Mental hospitals Bombay report 1921-28 - 1921-1928
Year: 1921
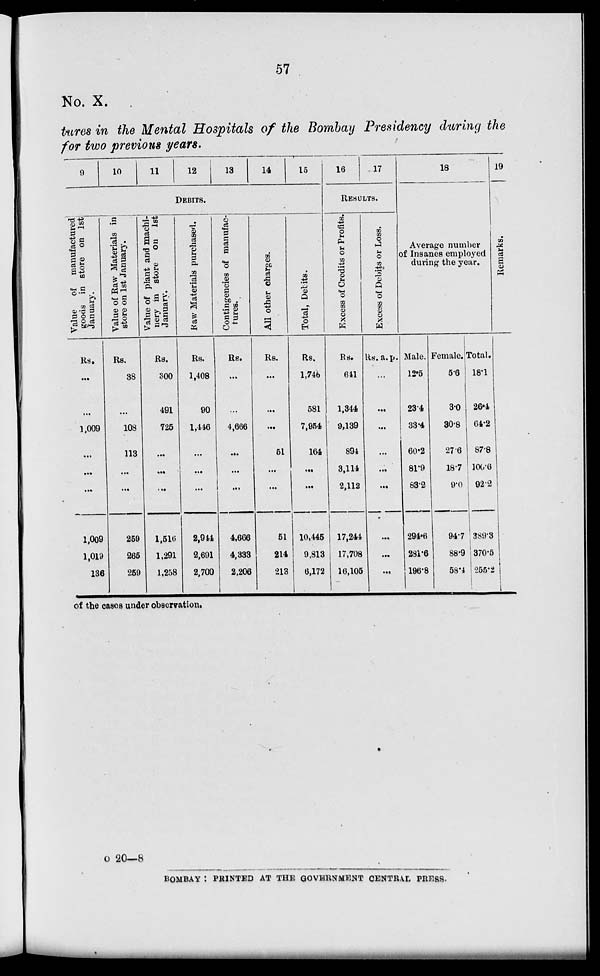
57
No. X.
tures in the Mental Hospitals of the Bombay Presidency during the
for two previous years.
9
10
11
12
13
14
15
DEBITS.
Value of manufactured
goods in store on 1st
January.
Rs.
...
...
1,009
...
...
...
1,009
1,019
136
Value of Raw Materials in
store on 1st January.
Rs.
38
...
108
113
...
...
259
265
259
Value of plant and machi-
nery in store on 1st
January.
Rs.
300
491
725
...
...
...
1,516
1,291
1,258
Raw Materials purchased.
Rs.
1,408
90
1,446
...
...
...
2,944
2,691
2,700
Contingencies of manufac-
tures.
Rs.
...
...
4,666
...
...
...
4,666
4,333
2,206
All other charges.
Rs.
...
...
...
51
...
...
51
214
213
Total, Debits.
Rs.
1,746
581
7,954
164
...
...
10,445
9,813
6,172
16
17
RESULTS.
Excess of Credits or Profits.
Rs.
641
1,344
9,139
894
3,114
2,112
17,244
17,708
16,105
Excess of Debits or Loss.
Rs. a. p.
...
...
...
...
...
...
...
...
...
18
Average number
of Insanes employed
during the year.
Male.
12.5
23.4
33.4
60.2
81.9
83.2
294.6
281.6
196.8
Female.
5.6
3.0
30.8
27.6
18.7
9.0
94.7
88.9
58.4
Total.
18.1
26.4
64.2
87.8
106.6
92.2
389.3
370.5
255.2
19
Remarks.
of the cases under observation.
o 20—8
BOMBAY : PRINTED AT THE GOVERNMENT CENTRAL PRESS.